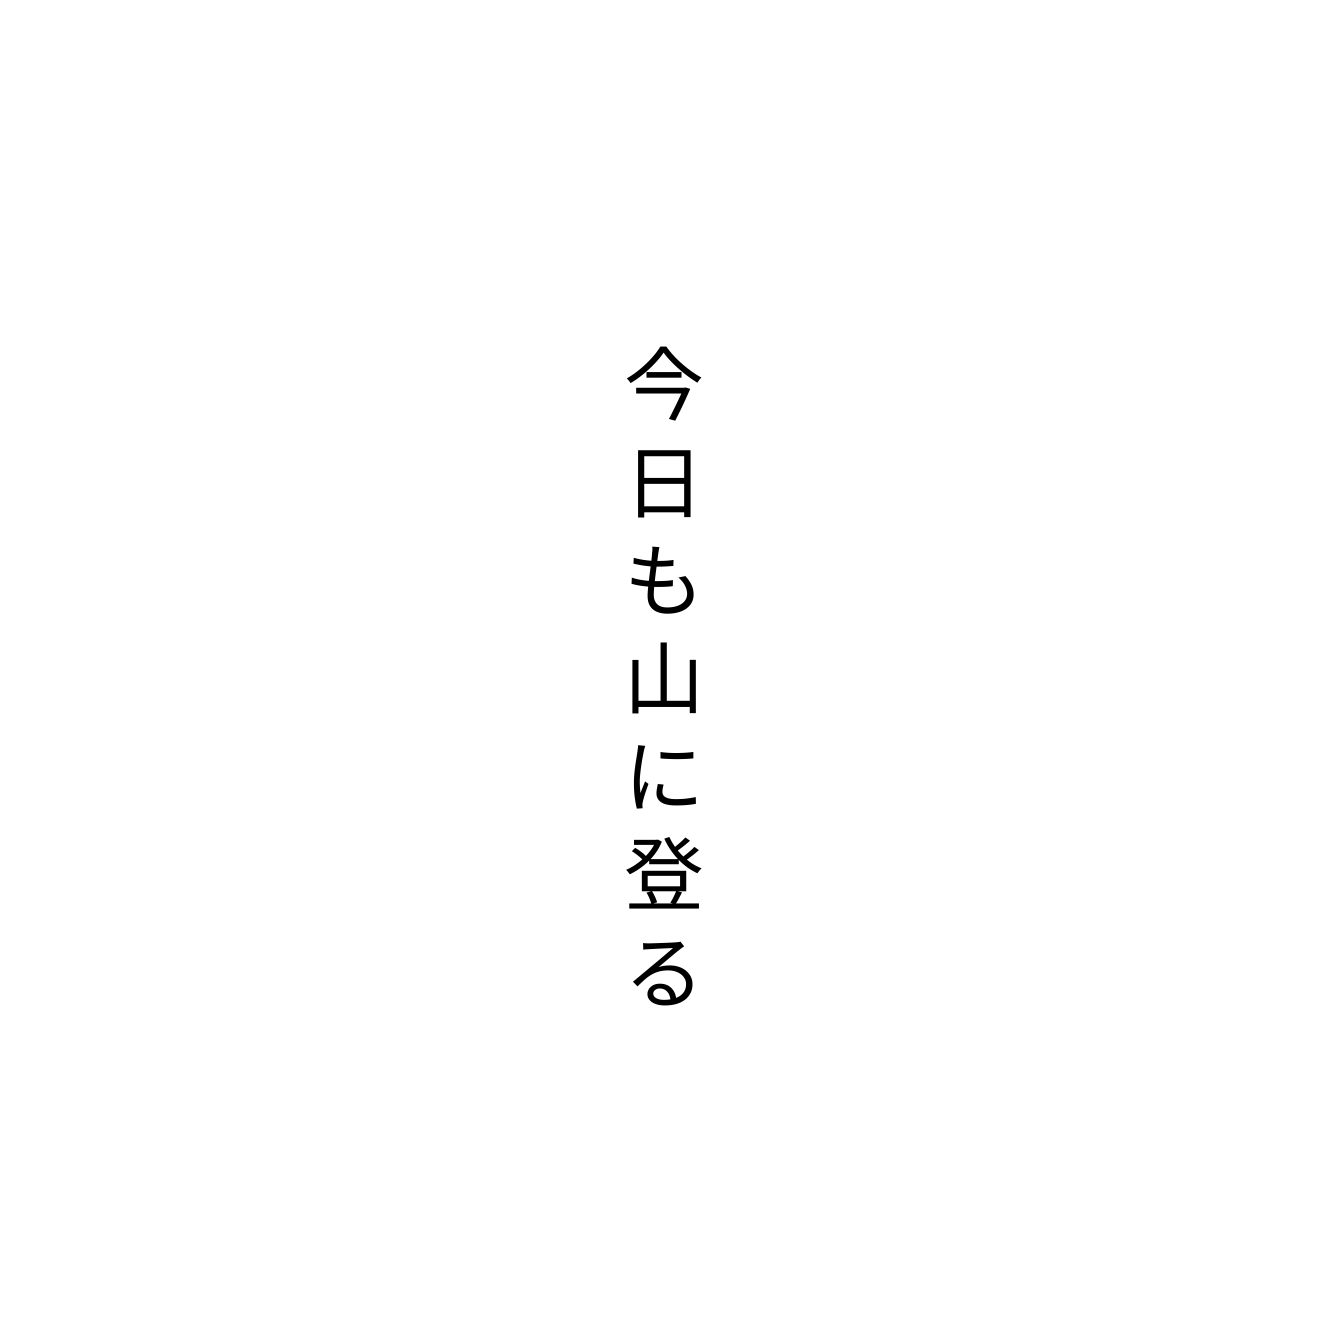
今日も山に登る